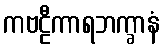
ကဗဠီကာရဘက္ခာနံ